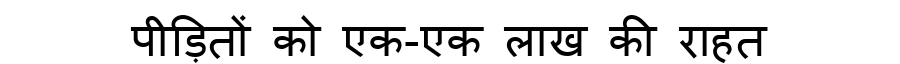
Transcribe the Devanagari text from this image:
पीड़ितों को एक-एक लाख की राहत